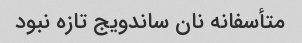
متأسفانه نان ساندویج تازه نبود